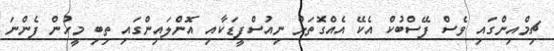
ޗިމްއިންގައި ވެސް ފޭސްބުކް އެކޭ އެއްގޮތަށް ނިއުސްފީޑަކާއި އޮންލައިންގައި ތިބި މީހުން ފެންނަ